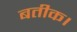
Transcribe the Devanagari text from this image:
बतीक।